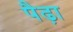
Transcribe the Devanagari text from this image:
पैढ़ा